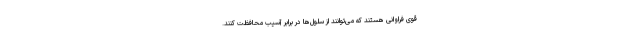
قوی فراوانی هستند که می‌توانند از سلول‌ها در برابر آسیب محافظت کنند.